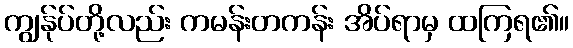
ကျွန်ုပ်တို့လည်း ကမန်းတကန်း အိပ်ရာမှ ထကြရ၏။